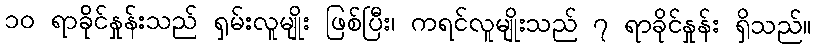
၁၀ ရာခိုင်နှုန်းသည် ရှမ်းလူမျိုး ဖြစ်ပြီး၊ ကရင်လူမျိုးသည် ၇ ရာခိုင်နှုန်း ရှိသည်။